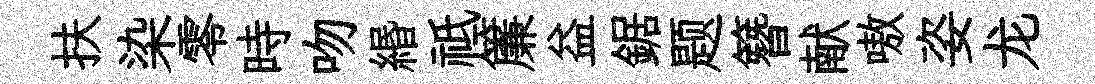
扶染零時吻緡祗簾益鋸题簪献嗷姿龙